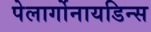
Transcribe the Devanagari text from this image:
पेलार्गोनायडिन्स